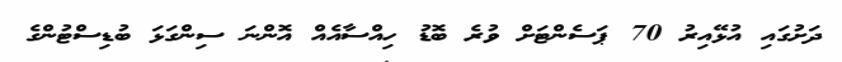
ދަށުގައި އުޅޭއިރު 70 ޕަސެންޓަށް ވުރެ ބޮޑު ހިއްސާއެއް އޮންނަ ސިންގަޅަ ބުޑިސްޓުންގެ